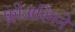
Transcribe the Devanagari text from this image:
फ्लोअरिंगने